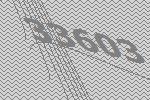
33603